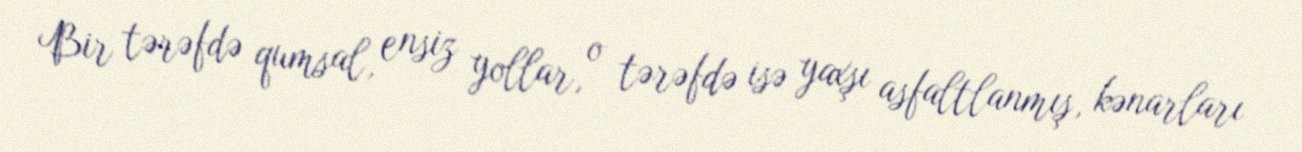
Bir tərəfdə qumsal, ensiz yollar, o tərəfdə isə yaxşı asfaltlanmış, kənarları